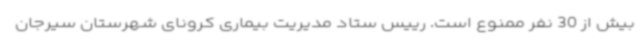
بیش از 30 نفر ممنوع است. رییس ستاد مدیریت بیماری کرونای شهرستان سیرجان